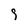
Character: 9